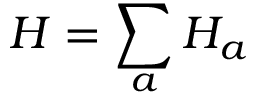
H = \sum _ { a } H _ { a }